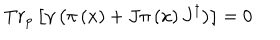
LaTeX: T r _ { p } \left[ \gamma \left( \pi \left( x \right) + J \pi \left( x \right) J ^ { \dagger } \right) \right] = 0